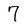
Character: 7